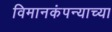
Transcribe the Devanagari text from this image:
विमानकंपन्याच्या